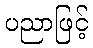
ပညာဖြင့်